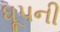
ધૂપની